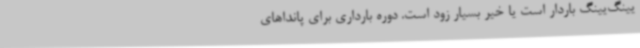
یینگ‌یینگ باردار است یا خیر بسیار زود است. دوره بارداری برای پانداهای